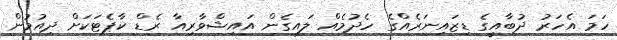
ހަމަ އެހަރު ދުބާއީގެ ޑިޒައިނަރެއްގެ ހެދުމެއް ލައިގެން އައިޝްވާރިއާ ރެޑް ކާޕެޓަކަށް ދިއުމުން